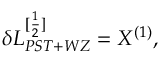
\delta { \cal L } _ { P S T + W Z } ^ { [ \frac { 1 } { 2 } ] } = X ^ { ( 1 ) } ,